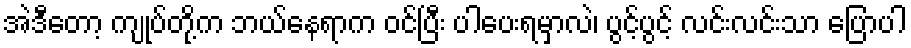
အဲဒီတော့ ကျုပ်တို့က ဘယ်နေရာက ဝင်ပြီး ပါပေးရမှာလဲ၊ ပွင့်ပွင့် လင်းလင်းသာ ပြောပါ